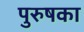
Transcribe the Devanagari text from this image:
पुरुषका